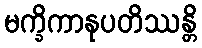
မက္ခိကာနုပတိဿန္တိ